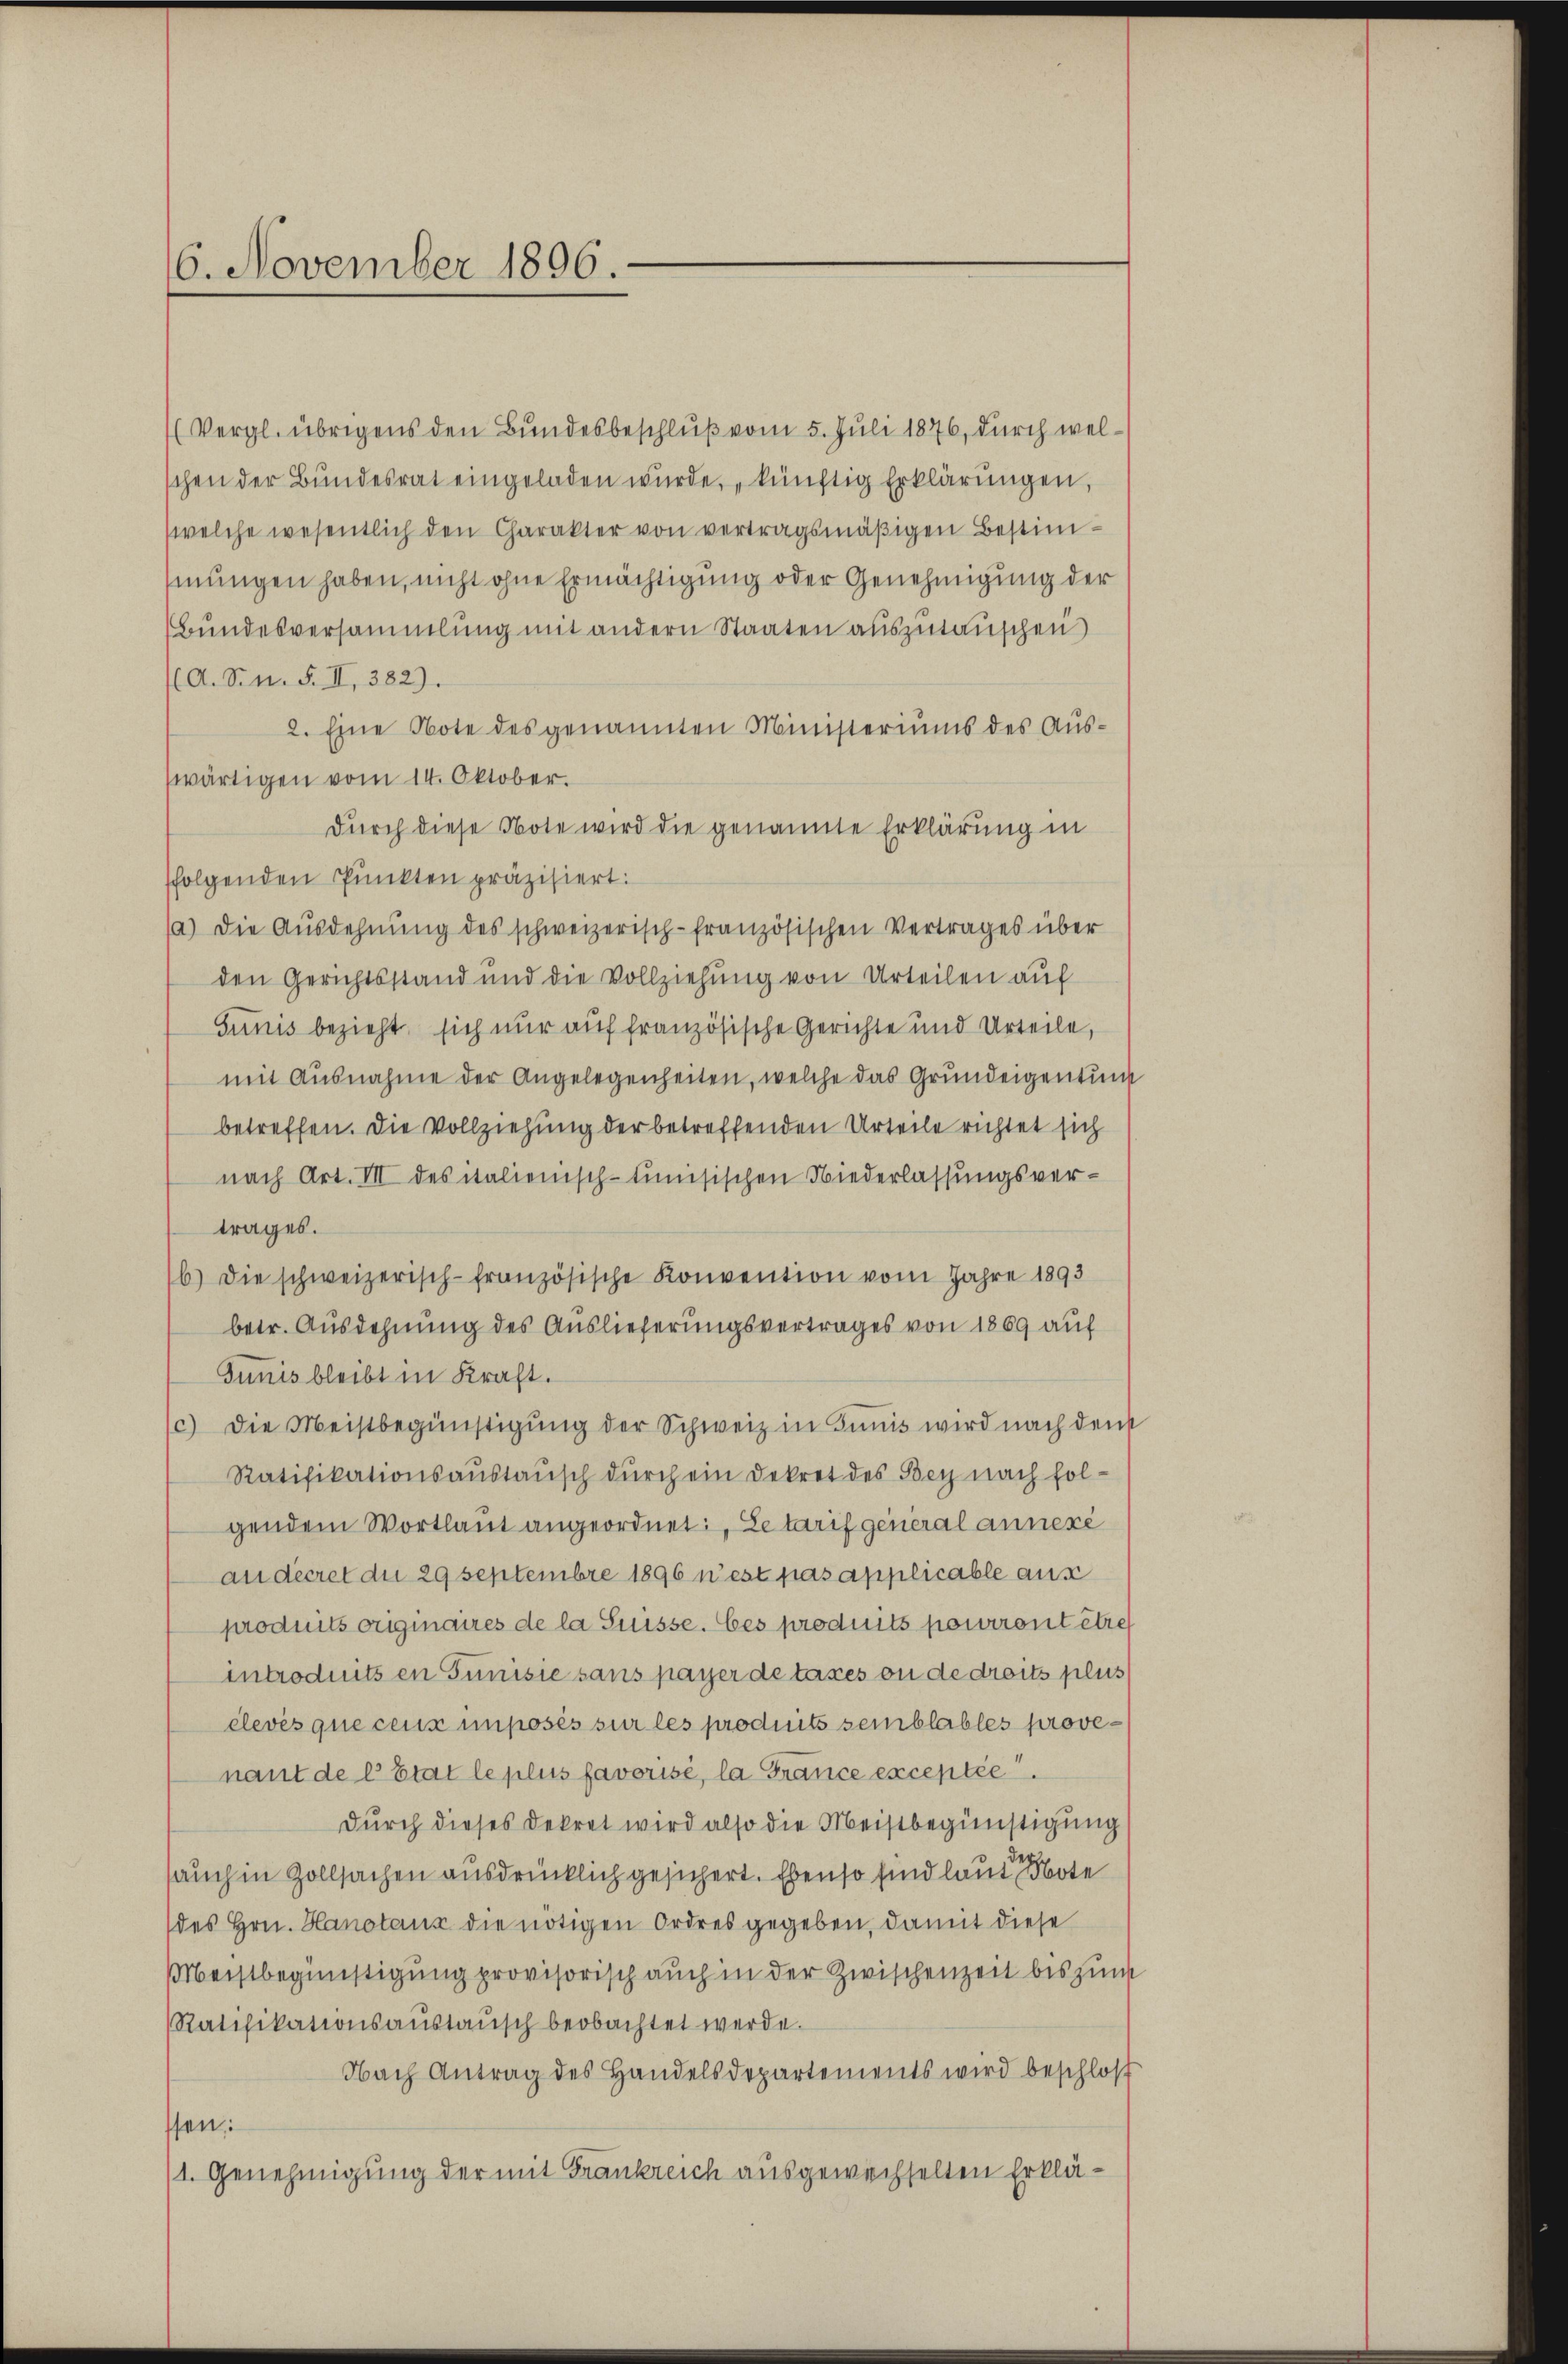
6. November 1896.

(Vergl. übrigens den Bundesbeschluß vom 5. Juli 1876, durch welschen der Bundesrat eingeladen wurde, künftig Erklärungen,
welche wesentlich den Charakter von vertragsmäßigen Bestim-
mungen haben, nicht ohne Ermächtigung oder Genehmigung der
Bundesversammlung mit andern Staaten auszutauschen
A. Sin. F. II, 382).
2. Eine Note des genannten Ministeriums des Auswärtigen vom 14. Oktober.
durch diese Note wird die genannte Erklärung in
sfolgenden Punkten präzisiert:
a) Die Aŭsdehnŭng des schweizerisch-französischen Vertrages über
den Gerichtsstand und die Vollziehung von Urteilen auf
Sunis bezieht, sich nur auf französische Gerichte und Urteile,
mit Ausnahme der Angelegenheiten, welche das Grundeigentum
betreffen. Die Vollziehung der betreffenden Urteile richtet sich
nach Art. III des italienisch-tunisischen Niederlassungsver-
trages.
b) die schweizerisch-französische Konvention vom Jahre 1893
betr. Ausdehnung des Auslieferungsvertrages von 1869 auf
Junis bleibt in Kraft.
(c) Die Meistbegünstigung der Schweiz in Junis wird nach den
Ratifikationsaŭstaŭsch dŭrch ein Dekret des Bey nach fol-
gendem Wortlaut angeordnet, Zetarif general annere
au decret die 29 Septembre 1896 n’est pas applicable aus
produits originaires de la Suisse. Ces produits pourront être
introduits en Junisie sans payer de taxes ou de droits plus
clevés que ceux imposés sur les produits semblables provenant de l’Etat le plus favorisé, la France exceptée
durch dieses Dekret wird also die Meistbegünstigung
sauch in Zollsachen ausdrücklich gesichert. Ebenso sind laute Note
des Hrn. Hanotaus die nötigen Ordres gegeben, damit diese
Meistbegünstigung provisorisch auch in der Zwischenzeit bis zum
Ratifikationsaŭstaŭsch beobachtet werde.
Nach Antrag des Handelsdepartements wird beschlos
ssen:
/1. Genehmigung der mit Frankreich ausgewechselten Erklä¬